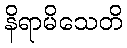
နိရာမိသေတိ